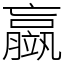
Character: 䇔